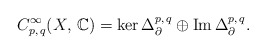
\begin{align*} C^{\infty}_{p,\,q}(X,\,\mathbb{C})= \ker\Delta^{p, \,q} _{\partial}\oplus \operatorname{Im} \Delta^{p, \,q} _{\partial}.\end{align*}